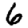
Digit: 6